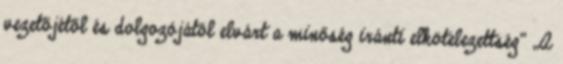
vezetőjétől és dolgozójától elvárt a minőség iránti elkötelezettség” „A